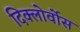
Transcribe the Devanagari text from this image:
दिक्लोर्वोस